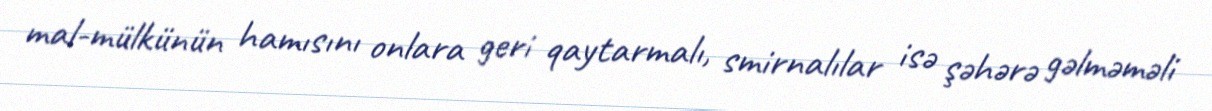
mal-mülkünün hamısını onlara geri qaytarmalı, smirnalılar isə şəhərə gəlməməli